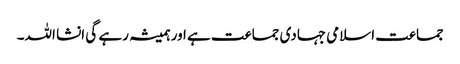
جماعت اسلامی جہادی جماعت ہے اور ہمیشہ رہے گی انشا اللہ۔